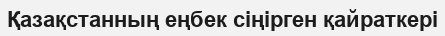
Қазақстанның еңбек сіңірген қайраткері